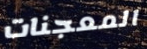
المعجنات